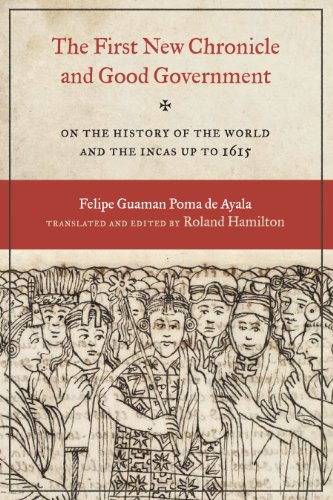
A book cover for The First New Chronicle and Good Government: On the History of the World and the Incas up to 1615 (Joe R. and Teresa Lozana Long Series in Latin American and Latino Art and Culture); Felipe Guaman Poma de Ayala; History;